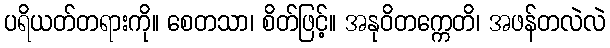
ပရိယတ်တရားကို။ စေတသာ၊ စိတ်ဖြင့်။ အနုဝိတက္ကေတိ၊ အဖန်တလဲလဲ